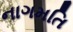
નાગમતિ